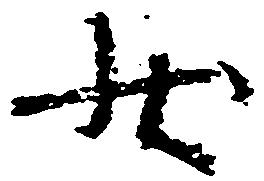
状